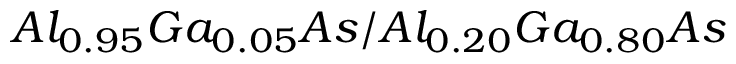
A l _ { 0 . 9 5 } G a _ { 0 . 0 5 } A s / A l _ { 0 . 2 0 } G a _ { 0 . 8 0 } A s